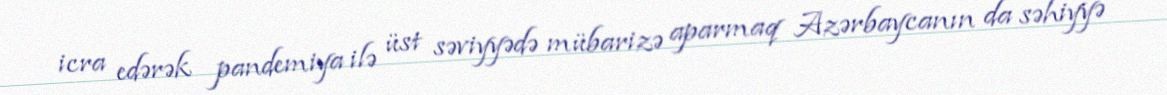
icra edərək pandemiya ilə üst səviyyədə mübarizə aparmaq Azərbaycanın da səhiyyə